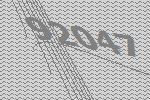
92047